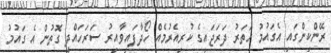
ރޭންކިންގައި އެގައުމު ހަތަރު ދަރަޖައިގެ ކުރިއެރުމެއް ހޯދާފައިވާއިރު ސަރަހައްދީ ގޮތުން އެ ގައުމު